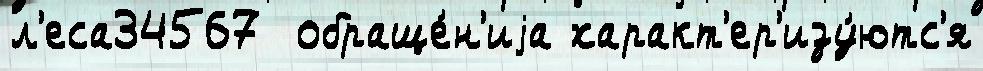
л'еса34567  обраще́н'иjа характ'ер'изу́ютс'я